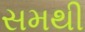
સમથી